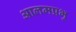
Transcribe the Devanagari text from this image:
आलमप्रभु